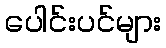
ပေါင်းပင်များ